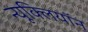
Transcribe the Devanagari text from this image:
न्यूक्लियॉन